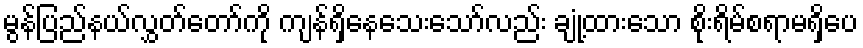
မွန်ပြည်နယ်လွှတ်တော်ကို ကျန်ရှိနေသေးသော်လည်း ချုံ့ထားသော စိုးရိမ်စရာမရှိပေ